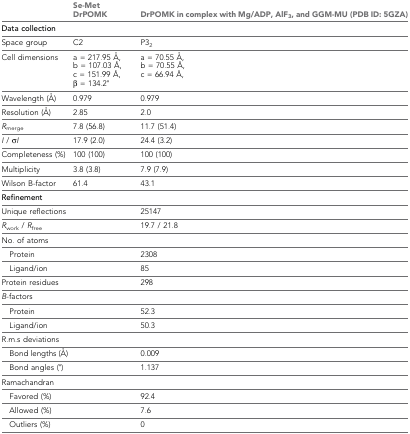
|  | Se-Met DrPOMK | DrPOMK in complex with Mg/ADP, AlF3, and GGM-MU (PDB ID: 5GZA) |
 | --- | --- | --- |
 | Data collection |  |  |
 | Space group | C2 | P32 |
 | Cell dimensions | a = 217.95 Å, b = 107.03 Å, c = 151.99 Å, β = 134.2° | a = 70.55 Å, b = 70.55 Å, c = 66.94 Å, |
 | Wavelength (Å) | 0.979 | 0.979 |
 | Resolution (Å) | 2.85 | 2.0 |
 | Rmerge | 7.8 (56.8) | 11.7 (51.4) |
 | I / σI | 17.9 (2.0) | 24.4 (3.2) |
 | Completeness (%) | 100 (100) | 100 (100) |
 | Multiplicity | 3.8 (3.8) | 7.9 (7.9) |
 | Wilson B-factor | 61.4 | 43.1 |
 | Refinement |  |  |
 | Unique reflections |  | 25147 |
 | Rwork / Rfree |  | 19.7 / 21.8 |
 | No. of atoms |  |  |
 | Protein |  | 2308 |
 | Ligand/ion |  | 85 |
 | Protein residues |  | 298 |
 | B-factors |  |  |
 | Protein |  | 52.3 |
 | Ligand/ion |  | 50.3 |
 | R.m.s deviations |  |  |
 | Bond lengths (Å) |  | 0.009 |
 | Bond angles (°) |  | 1.137 |
 | Ramachandran |  |  |
 | Favored (%) |  | 92.4 |
 | Allowed (%) |  | 7.6 |
 | Outliers (%) |  | 0 |